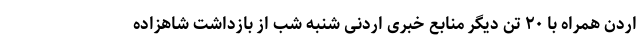
اردن همراه با ۲۰ تن دیگر منابع خبری اردنی شنبه شب از بازداشت شاهزاده